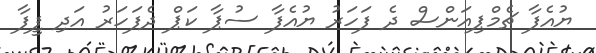
ޔުއެފާ ޗެމްޕިއަންސް ދެ ފަހަރު ޔުއެފާ ސުޕާ ކަޕް ދެފަހަރު އަދި ފީފާ